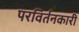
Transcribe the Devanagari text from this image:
परविर्तनकारी